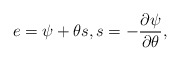
\begin{align*}e=\psi+\theta s, s=-\frac{\partial\psi}{\partial\theta},\end{align*}